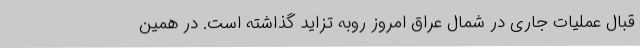
قبال عملیات جاری در شمال عراق امروز روبه تزاید گذاشته است. در همین